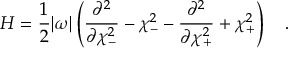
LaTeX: H = \frac { 1 } { 2 } | \omega | \left( \frac { \partial ^ { 2 } } { \partial \chi _ { - } ^ { 2 } } - \chi _ { - } ^ { 2 } - \frac { \partial ^ { 2 } } { \partial \chi _ { + } ^ { 2 } } + \chi _ { + } ^ { 2 } \right) \ \ \ .